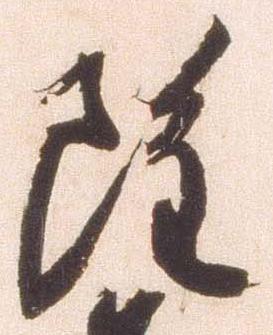
雖